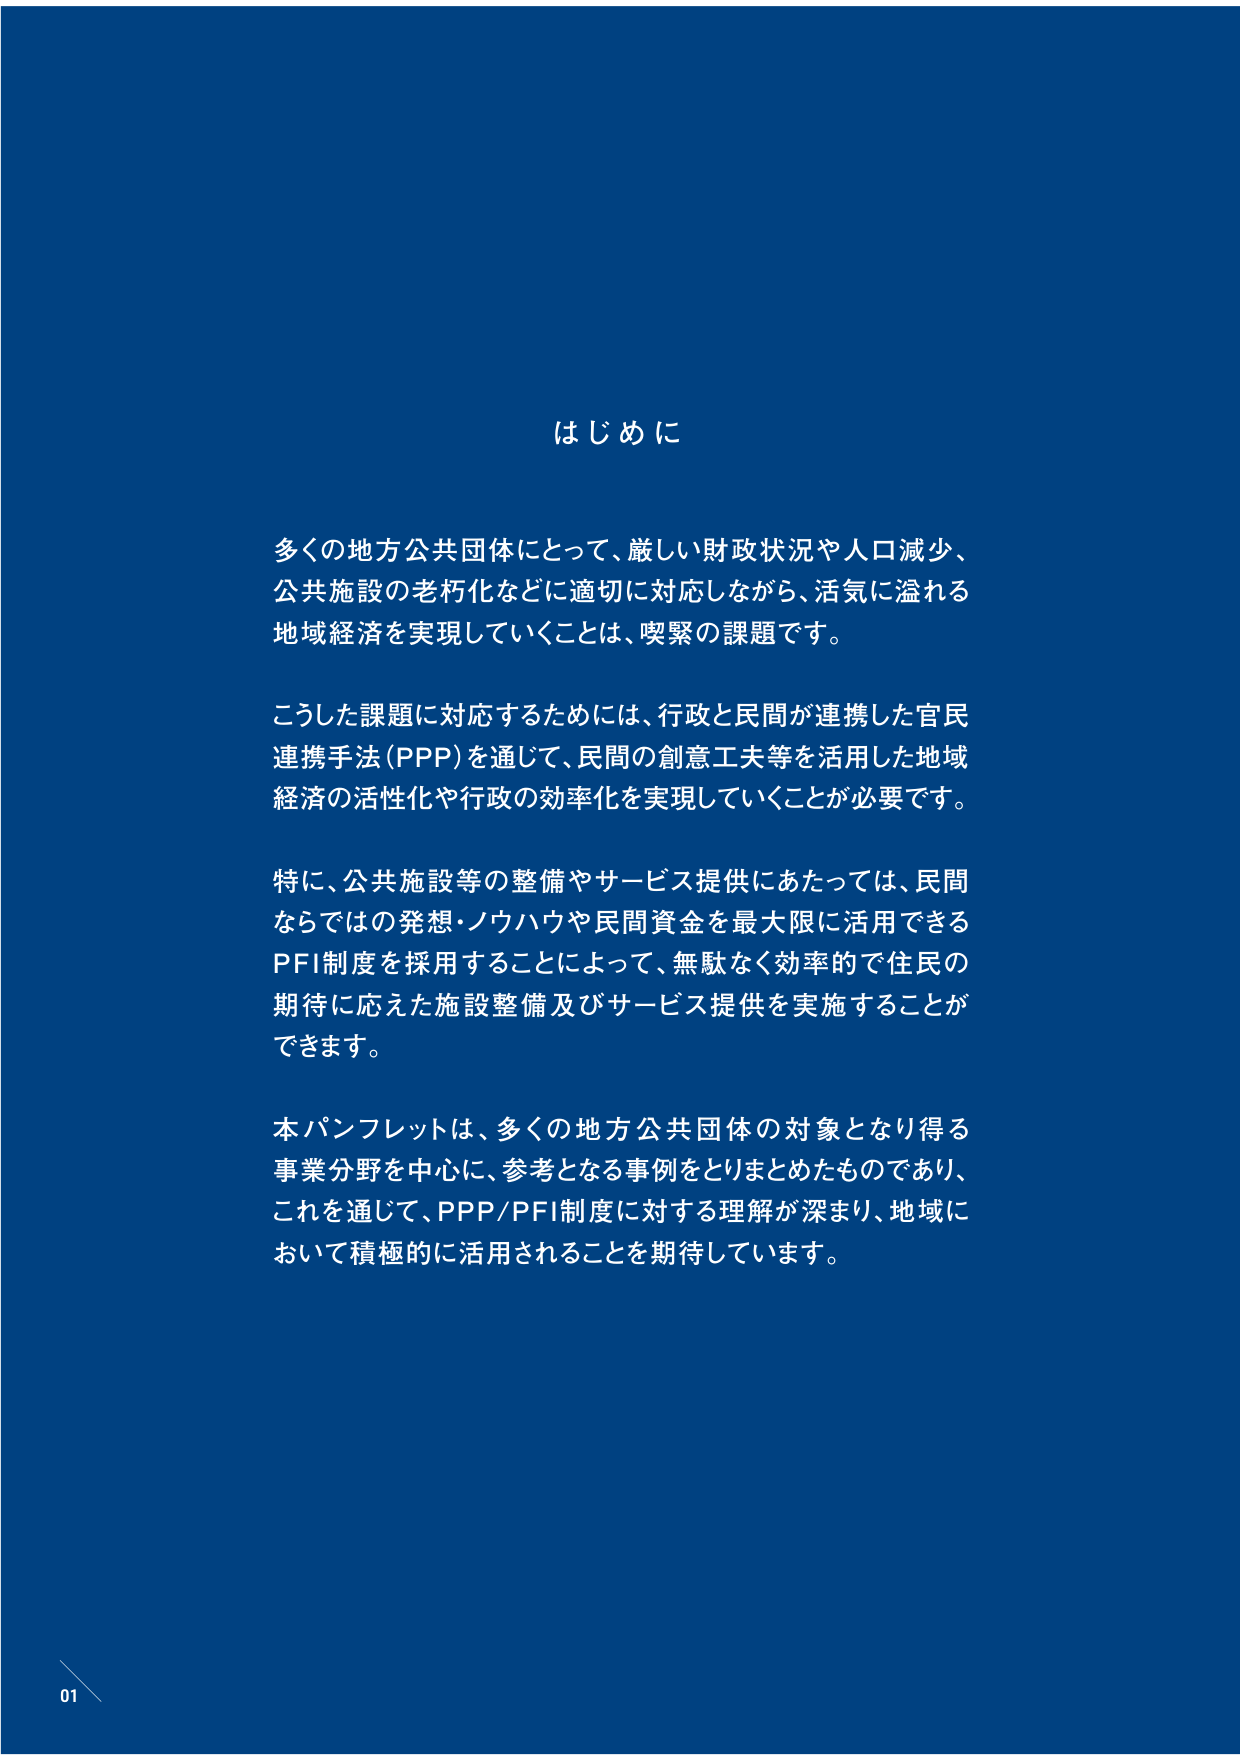
はじめに

多くの地方公共団体にとって、厳しい財政状況や人口減少、
公共施設の老朽化などに適切に対応しながら、活気に溢れる
地域経済を実現していくことは、喫緊の課題です。

こうした課題に対応するためには、行政と民間が連携した官民
連携手法（PPP）を通じて、民間の創意工夫等を活用した地域
経済の活性化や行政の効率化を実現していくことが必要です。

特に、公共施設等の整備やサービス提供にあたっては、民間
ならではの発想・ノウハウや民間資金を最大限に活用できる
PFI制度を採用することによって、無駄なく効率的で住民の
期待に応えた施設整備及びサービス提供を実施することが
できます。

本パンフレットは、多くの地方公共団体の対象となり得る
事業分野を中心に、参考となる事例をとりまとめたものであり、
これを通じて、PPP/PFI制度に対する理解が深まり、地域に
おいて積極的に活用されることを期待しています。

01